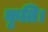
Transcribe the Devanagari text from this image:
कृति।